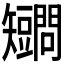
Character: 𥐔